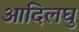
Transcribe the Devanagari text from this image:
आदिलघु